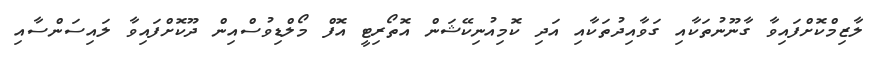
ލާޒިމްކޮށްފައިވާ ގާނޫނުތަކާއި ގަވާއިދުތަކާއި އަދި ކޮމިއުނިކޭޝަން އޮތޯރިޓީ އޮފް މޯލްޑިވުސްއިން ދޫކޮށްފައިވާ ލައިސަންސާއި